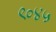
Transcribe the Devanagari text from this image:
९०४५